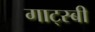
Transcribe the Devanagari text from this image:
गाट्स्बी